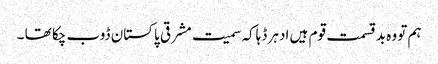
ہم تو وہ بدقسمت قوم ہیں ادہر ڈہاکہ سمیت مشرقی پاکستان ڈوب چکا تھا ۔